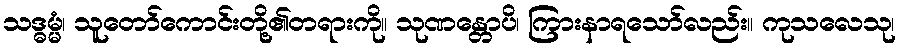
သဒ္ဓမ္မံ၊ သူတော်ကောင်းတို့၏တရားကို။ သုဏန္တောပိ၊ ကြားနာရသော်လည်း။ ကုသလေသု၊